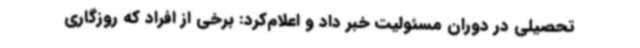
تحصیلی در دوران مسئولیت خبر داد و اعلام‌کرد: برخی از افراد که روزگاری